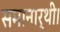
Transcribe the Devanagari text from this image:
समानार्थी।